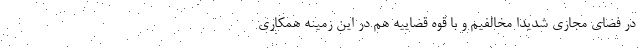
در فضای مجازی شدیداً مخالفیم و با قوه قضاییه هم در این زمینه همکاری